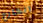
الخارج